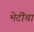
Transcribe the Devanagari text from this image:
भेटींचा